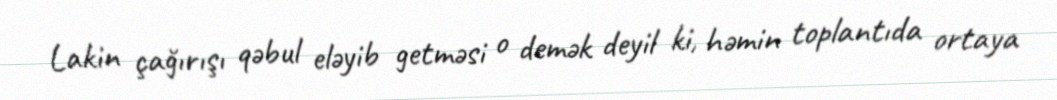
Lakin çağırışı qəbul eləyib getməsi o demək deyil ki, həmin toplantıda ortaya